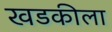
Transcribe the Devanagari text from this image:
खडकीला